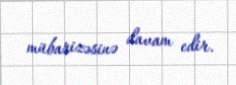
mübarizəsinə davam edir.